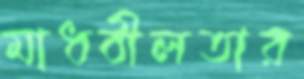
মাধবীলতার